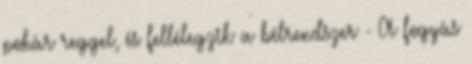
pohár reggel, és fellélegzik a bélrendszer - A fogyás